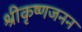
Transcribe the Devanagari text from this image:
श्रीकृष्णजनन